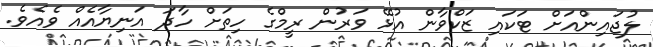
ލުޖައިންއަށް ޓަކައި ޒަކްވާން އުޅޭ ވަރުން ރީމްގެ ހިތަށް ހާދަ އަނިޔާއެއް ވެއެވެ.